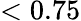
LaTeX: <0.75